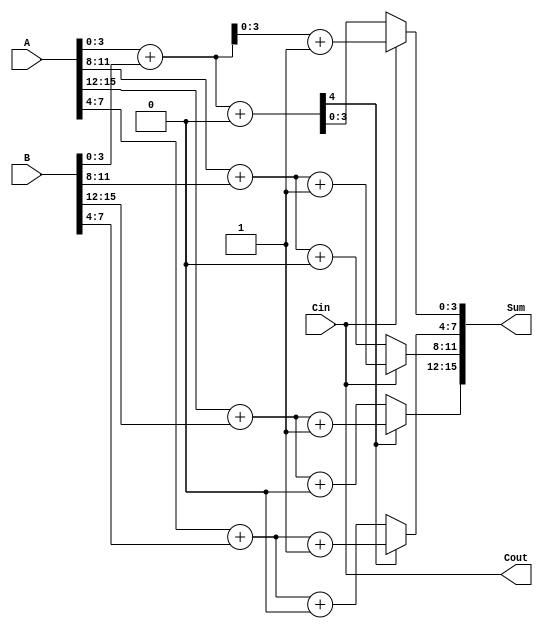
module HybridCarrySelectAdder #(parameter WIDTH = 16, SEGMENT_SIZE = 4) (
    input [WIDTH-1:0] A,
    input [WIDTH-1:0] B,
    input Cin,
    output [WIDTH-1:0] Sum,
    output Cout
);

    localparam NUM_SEGMENTS = WIDTH / SEGMENT_SIZE;

    wire [SEGMENT_SIZE-1:0] sum0 [0:NUM_SEGMENTS-1];
    wire [SEGMENT_SIZE-1:0] sum1 [0:NUM_SEGMENTS-1];
    wire carry_out [0:NUM_SEGMENTS-1];
    wire carry_select [0:NUM_SEGMENTS-1];

    // Generate carry select logic for each segment
    genvar i;
    generate
        for (i = 0; i < NUM_SEGMENTS; i = i + 1) begin : segment
            wire [SEGMENT_SIZE-1:0] A_segment = A[(i+1)*SEGMENT_SIZE-1:i*SEGMENT_SIZE];
            wire [SEGMENT_SIZE-1:0] B_segment = B[(i+1)*SEGMENT_SIZE-1:i*SEGMENT_SIZE];

            // Calculate sums for carry-in 0 and 1
            wire [SEGMENT_SIZE:0] temp_sum0 = {1'b0, A_segment} + {1'b0, B_segment} + 1'b0;
            wire [SEGMENT_SIZE:0] temp_sum1 = {1'b0, A_segment} + {1'b0, B_segment} + 1'b1;

            assign sum0[i] = temp_sum0[SEGMENT_SIZE-1:0];
            assign sum1[i] = temp_sum1[SEGMENT_SIZE-1:0];

            // Determine the carry-out for the current segment
            if (i == 0) begin
                assign carry_out[i] = temp_sum0[SEGMENT_SIZE]; // Carry-out for the first segment
            end else begin
                assign carry_out[i] = carry_select[i-1]; // Use the carry select from the previous segment
            end

            // Select the appropriate sum based on the carry-in
            assign carry_select[i] = (i == 0) ? Cin : carry_out[i-1];
            assign Sum[(i+1)*SEGMENT_SIZE-1:i*SEGMENT_SIZE] = carry_select[i] ? sum1[i] : sum0[i];
        end
    endgenerate

    // Final carry-out
    assign Cout = carry_out[NUM_SEGMENTS-1];

endmodule